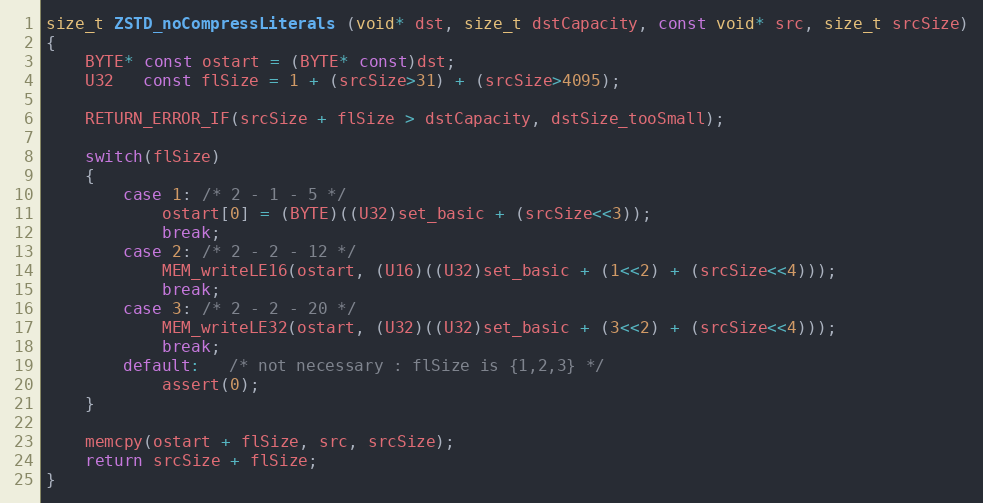
Language: C
size_t ZSTD_noCompressLiterals (void* dst, size_t dstCapacity, const void* src, size_t srcSize)
{
    BYTE* const ostart = (BYTE* const)dst;
    U32   const flSize = 1 + (srcSize>31) + (srcSize>4095);

    RETURN_ERROR_IF(srcSize + flSize > dstCapacity, dstSize_tooSmall);

    switch(flSize)
    {
        case 1: /* 2 - 1 - 5 */
            ostart[0] = (BYTE)((U32)set_basic + (srcSize<<3));
            break;
        case 2: /* 2 - 2 - 12 */
            MEM_writeLE16(ostart, (U16)((U32)set_basic + (1<<2) + (srcSize<<4)));
            break;
        case 3: /* 2 - 2 - 20 */
            MEM_writeLE32(ostart, (U32)((U32)set_basic + (3<<2) + (srcSize<<4)));
            break;
        default:   /* not necessary : flSize is {1,2,3} */
            assert(0);
    }

    memcpy(ostart + flSize, src, srcSize);
    return srcSize + flSize;
}